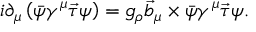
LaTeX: i \partial _ { \mu } \left( \bar { \psi } \gamma ^ { \mu } { \vec { \tau } } \psi \right) = g _ { \rho } { \vec { b } } _ { \mu } \times \bar { \psi } \gamma ^ { \mu } { \vec { \tau } } \psi .